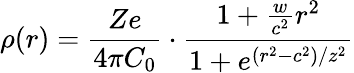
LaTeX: \rho(r)=\frac{Ze}{4\pi C_{0}}\cdot\frac{1+\frac{w}{c^{2}}r^{2}}{1+e^{(r^{2}-c^{2})/z^{2}}}